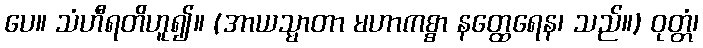
ပေ။ သံဟီရတိဟူ၍။ (အာယသ္မာတာ မဟာကစ္စာ နတ္ထေရေန၊ သည်။) ဝုတ္တံ၊